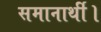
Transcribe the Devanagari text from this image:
समानार्थी।